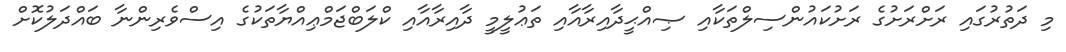
މި ދަތުރުގައި ރަށްރަށުގެ ރަށުކައުންސިލްތަކާއި ޞިއްޙީދާއިރާއާއި ތަޢުލީމީ ދާއިރާއާއި ކްލަބްޖަމްޢިއްޔާތަކުގެ އިސްވެރިންނާ ބައްދަލުކޮށް